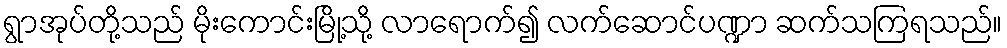
ရွာအုပ်တို့သည် မိုးကောင်းမြို့သို့ လာရောက်၍ လက်ဆောင်ပဏ္ဍာ ဆက်သကြရသည်။